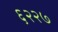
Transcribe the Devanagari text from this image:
६२२७